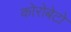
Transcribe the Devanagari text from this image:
कोरोबेटो